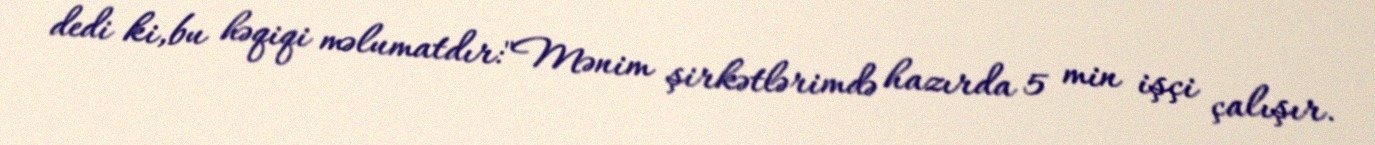
dedi ki,bu həqiqi məlumatdır:"Mənim şirkətlərimdə hazırda 5 min işçi çalışır.